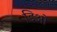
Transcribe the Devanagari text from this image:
डिओं